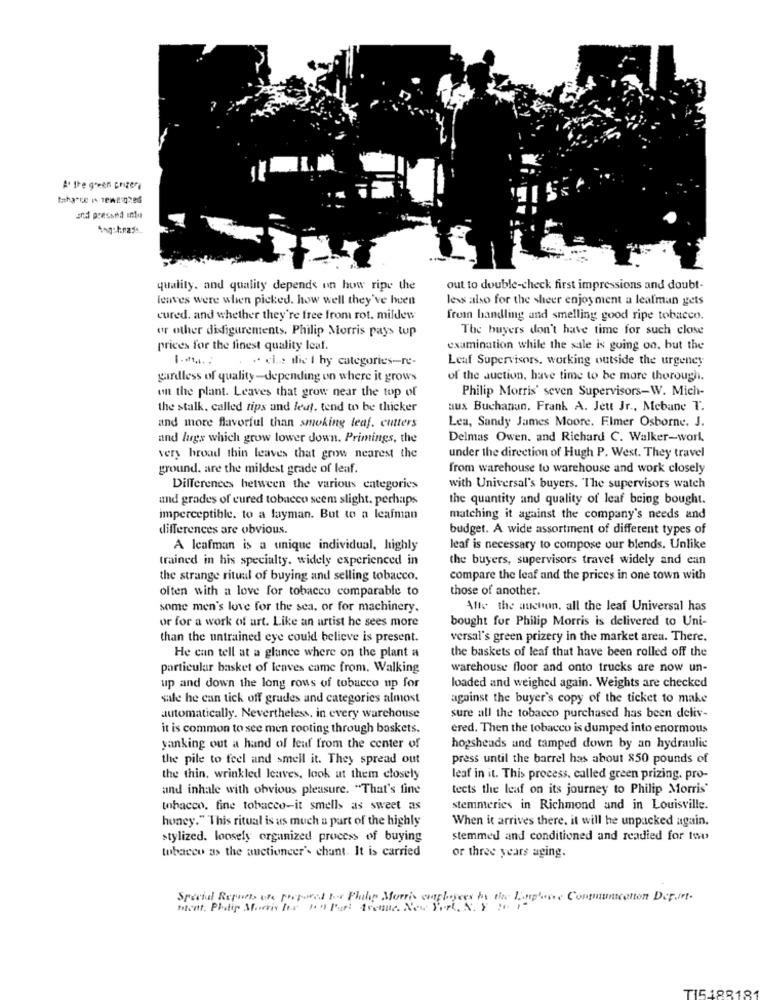
A. the green crizer
and pressnd into
quality, and quality depends on how ripe the
out to double-check first impressions and doubt-
leaves were when picked. how well they've been
less also for the sheer enjoyment a leafman gets
cured. and whether they're free from rot. mildew
frem handling and smelling good ripe tobacco.
or other disfigurements. Philip Morris pays tup
The buyers don't have time for such close
prices for the finest quality leal.
examination while the sale is going on. but the
.. el ... the i hy categories-re-
Leaf Supervisors, working outside the urgency
gardless of quality-depending on where it grows
of the auction, have time to be more thorough.
on the plant. Leaves that grow near the top of
Philip Morris' seven Supervisors-W. Mich-
the stalk, called tips and leaf, tend to be thicker
aux Buchanan. Frank A. Jett Jr ., Mebane T.
and more flavorful than smoking leaf. cutters
Lea, Sandy James Moore. Filmer Osborne, J.
and lugs which grow lower down. Primings, the
Delmas Owen, and Richard C. Walker-work.
very broad thin leaves that grow nearest the
under the direction of Hugh P. West. They travel
ground. are the mildest grade of leaf.
from warehouse to warehouse and work closely
Differences between the various entegories
with Universal's buyers. The supervisors watch
und grades of cured tobacco seem slight. perhaps
the quantity and quality of leaf being bought.
imperceptible. to a layman. But to a leafman
matching it against the company's needs and
differences are obvious.
budget. A wide assortment of different types of
A Icafman is a unique individual, highly
leaf is necessary to compose our blends. Unlike
trained in his specialty, widely experienced in
the buyers, supervisors travel widely and can
the strange ritual of buying and selling tobacco.
compare the leaf and the prices in one town with
often with a love for tobacco comparable to
those of another.
some men's love for the sea, or for machinery.
Alle the auction, all the leaf Universal has
or for a work of art. Like an artist he sees more
bought for Philip Morris is delivered to Uni-
than the untrained eye could believe is present.
versal's green prizery in the market area. There.
He can tell at a glance where on the plant a
the baskets of leaf that have been rolled off the
particular basket of leaves came from. Walking
warehouse floor and onto trucks are now un-
up and down the long rows of tobacco up for
loaded and weighed again. Weights are checked
sale he can tick off grudes and categories almost
against the buyer's copy of the ticket to make
automatically. Nevertheless, in every warchouse
sure all the tobacco purchased has been deliv-
it is common to see men rooting through baskets.
ered. Then the tobacco is dumped into enormous
yanking out a hand of leaf from the center of
hopsheads and tamped down by an hydraulic
the pile to feel and smell it. They spread out
press until the barrel has about 850 pounds of
the thin, wrinkled leaves, look at them closely
leaf in it. This process, called green prizing. pro-
and inhale with obvious pleasure. "That's fine
tects the leaf on its journey to Philip Morris'
tobacco. fine tobacco-it smells as sweet as
stemmeries in Richmond and in Louisville.
honey." This ritual is us much a part of the highly
When it arrives there. it will he unpacked again.
stylized. loosely organized process of buying
stemmed and conditioned and readied for tou
tobacco as the auctioneer's chant. It is carried
or three years aging.
Special Reports are prepared los Plahe Morris cosplayces by the Lophone Communication Deport.
Ment. Philip Morris For Foo Park Avenue. New York. N. Y . i.
TI5.188181